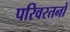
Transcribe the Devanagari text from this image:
परिवरतनों